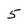
Character: 5